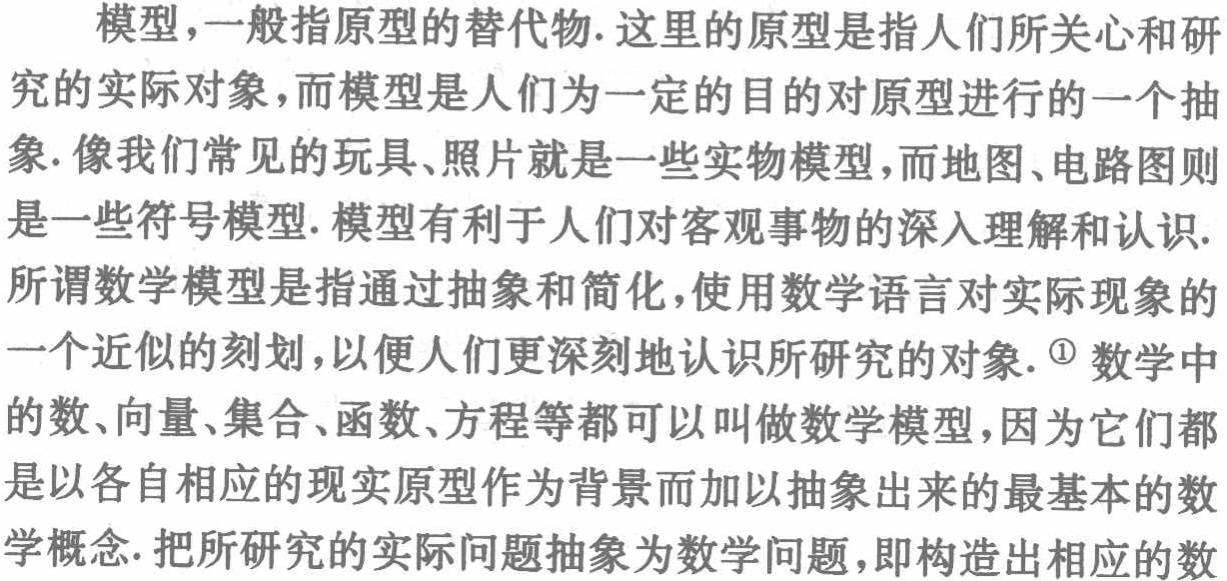
模型，一般指原型的替代物. 这里的原型是指人们所关心和研究的实际对象，而模型是人们为一定的目的对原型进行的一个抽象. 像我们常见的玩具、照片就是一些实物模型，而地图、电路图则是一些符号模型. 模型有利于人们对客观事物的深入理解和认识.

所谓数学模型是指通过抽象和简化，使用数学语言对实际现象的一个近似的刻划，以便人们更深刻地认识所研究的对象. \textcircled{1} 数学中的数、向量、集合、函数、方程等都可以叫做数学模型，因为它们都是以各自相应的现实原型作为背景而加以抽象出来的最基本的数学概念. 把所研究的实际问题抽象为数学问题，即构造出相应的数